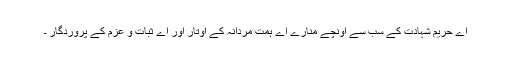
اے حریم شہادت کے سب سے اونچے منارے اے ہمت مردانہ کے اوتار اور اے ثبات و عزم کے پروردگار ۔